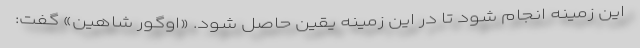
این زمینه انجام شود تا در این زمینه یقین حاصل شود. «اوگور شاهین» گفت: